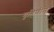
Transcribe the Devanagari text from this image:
गृहिणीने